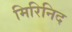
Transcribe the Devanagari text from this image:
मिरिनिद